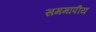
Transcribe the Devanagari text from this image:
सममापीय